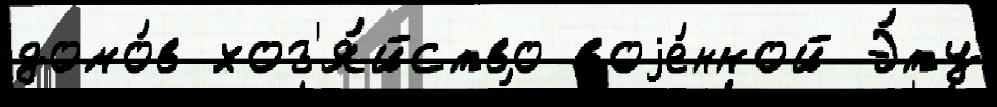
домо́в хоз'я́йство воjе́нной Э́ту